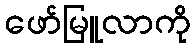
ဖော်မြူလာကို